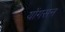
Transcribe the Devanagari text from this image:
योंगसन